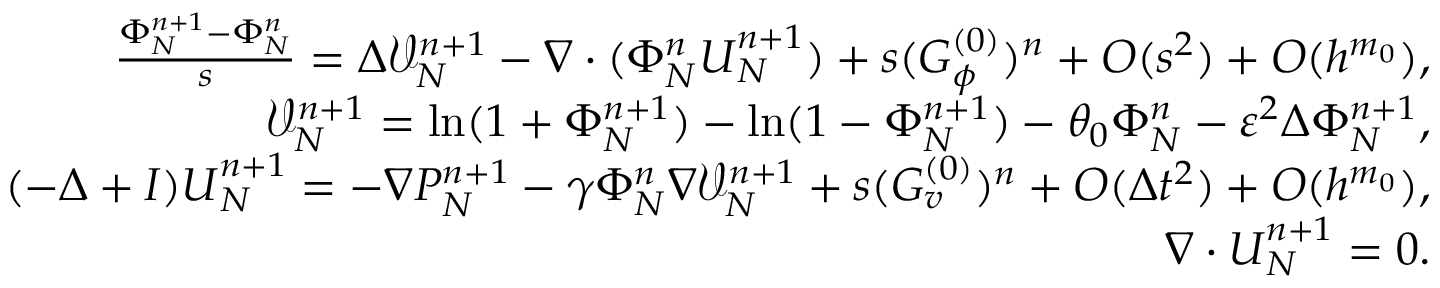
\begin{array} { r l r } & { } & { \frac { \Phi _ { N } ^ { n + 1 } - \Phi _ { N } ^ { n } } { s } = \Delta \mathcal { V } _ { N } ^ { n + 1 } - \nabla \cdot ( \Phi _ { N } ^ { n } \boldsymbol { U } _ { N } ^ { n + 1 } ) + s ( G _ { \phi } ^ { ( 0 ) } ) ^ { n } + O ( s ^ { 2 } ) + O ( h ^ { m _ { 0 } } ) , } \\ & { } & { \mathcal { V } _ { N } ^ { n + 1 } = \ln ( 1 + \Phi _ { N } ^ { n + 1 } ) - \ln ( 1 - \Phi _ { N } ^ { n + 1 } ) - \theta _ { 0 } \Phi _ { N } ^ { n } - \varepsilon ^ { 2 } \Delta \Phi _ { N } ^ { n + 1 } , } \\ & { } & { ( - \Delta + I ) \boldsymbol { U } _ { N } ^ { n + 1 } = - \nabla P _ { N } ^ { n + 1 } - \gamma \Phi _ { N } ^ { n } \nabla \mathcal { V } _ { N } ^ { n + 1 } + s ( G _ { v } ^ { ( 0 ) } ) ^ { n } + O ( \Delta t ^ { 2 } ) + O ( h ^ { m _ { 0 } } ) , } \\ & { } & { \nabla \cdot \boldsymbol { U } _ { N } ^ { n + 1 } = 0 . } \end{array}